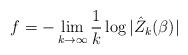
LaTeX: \begin{align*}f=-\lim_{k\rightarrow \infty} \frac{1}{k} \log |\hat{Z}_{k}(\beta)|\end{align*}